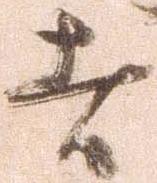
者